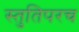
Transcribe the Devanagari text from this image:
स्तुतिपरच